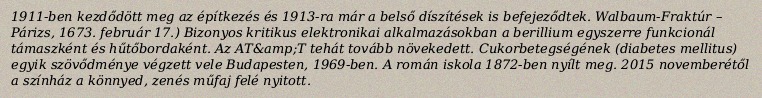
1911-ben kezdődött meg az építkezés és 1913-ra már a belső díszítések is befejeződtek. Walbaum-Fraktúr – Párizs, 1673. február 17.) Bizonyos kritikus elektronikai alkalmazásokban a berillium egyszerre funkcionál támaszként és hűtőbordaként. Az AT&amp;T tehát tovább növekedett. Cukorbetegségének (diabetes mellitus) egyik szövődménye végzett vele Budapesten, 1969-ben. A román iskola 1872-ben nyílt meg. 2015 novemberétől a színház a könnyed, zenés műfaj felé nyitott.